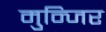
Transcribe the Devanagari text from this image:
मुन्जिर